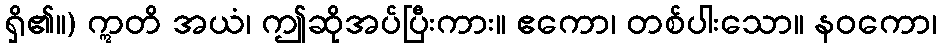
ရှိ၏။) ဣတိ အယံ၊ ဤဆိုအပ်ပြီးကား။ ဧကော၊ တစ်ပါးသော။ နဝကော၊